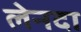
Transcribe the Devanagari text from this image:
लेनदा